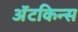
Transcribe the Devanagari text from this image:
अॅटकिन्स